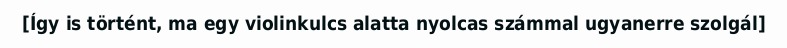
[Így is történt, ma egy violinkulcs alatta nyolcas számmal ugyanerre szolgál]